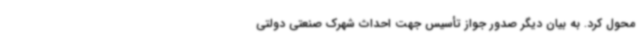
محول کرد. به بیان دیگر صدور جواز تأسیس جهت احداث شهرک صنعتی دولتی